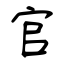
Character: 官